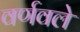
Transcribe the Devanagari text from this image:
वर्णवले